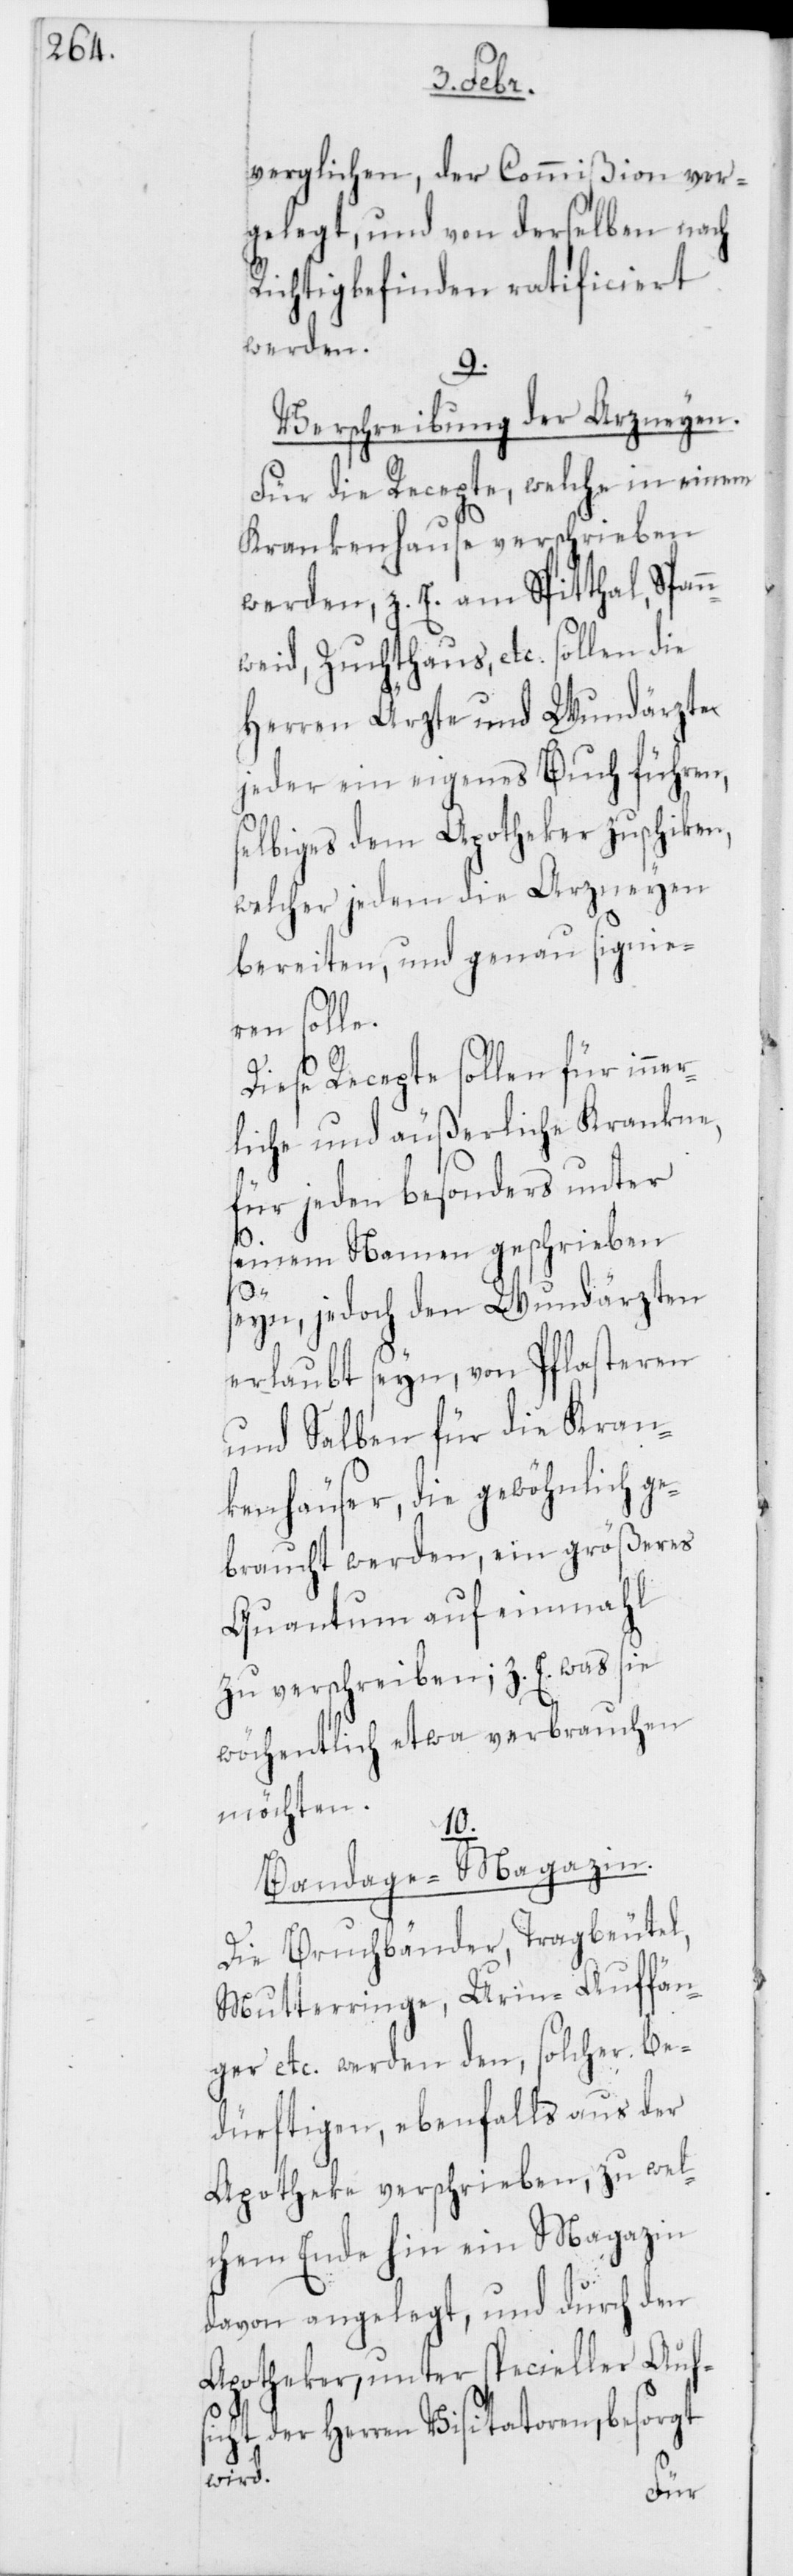
verglichen, der Commißion vor¬
gelegt, und von derselben nach
Richtigbefinden ratificiert
werden.
9.
Verschreibung der Arzneyen.
Für die Recepte, welche in einem
Krankenhause verschrieben
werden, z. E. am Spitthal, Span¬
nweid, Zuchthaus, etc., sollen die
Herren Ärzte und Wundärzte
jeder ein eigenes Buch führen,
selbiges dem Apotheker zuschiken,
welcher jedem die Arzneyen
bereiten, und genau signie¬
ren solle.
Diese Recepte sollen für inner¬
liche und äußerliche Krankne,
für jeden besonders unter
seinem Namen geschrieben
seyn, jedoch den Wundärzten
erlaubt seyn, von Pflasteren
und Salben für die Kran¬
kenhäuser, die gewöhnlich ge¬
braucht werden, ein größeres
Quantum auf einmahl
zu verschreiben; z. E. was sie
wöchentlich etwa verbrauchen
möchten.
10.
Bandage-Magazin.
Die Bruchbänder, Tragbeutel,
Mutterringe, Urin-Auffän¬
ger etc. werden den, solcher be¬
dürftigen, ebenfalls aus der
Apotheke verschrieben, zu wel¬
chem Ende hin ein Magazin
davon angelegt, und durch den
Apotheker, unter specieller Aufs¬
icht der Herren Visitatoren, besorgt
wird.